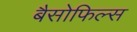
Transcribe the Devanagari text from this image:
बैसोफिल्स